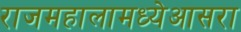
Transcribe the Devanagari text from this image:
राजमहालामध्येआसरा